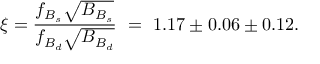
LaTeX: \xi = \frac { f _ { B _ { s } } \sqrt { B _ { B _ { s } } } } { f _ { B _ { d } } \sqrt { B _ { B _ { d } } } } ~ = ~ 1 . 1 7 \pm 0 . 0 6 \pm 0 . 1 2 .